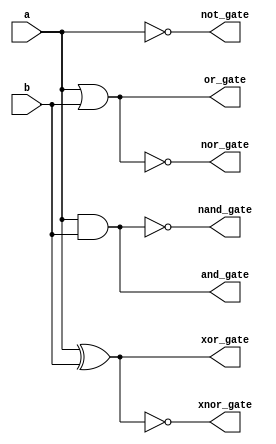
// Code your design here

module all_logic_gates_bm(
    input wire a,
    input wire b,
    output reg not_gate,
    output reg and_gate,
    output reg or_gate,
    output reg nand_gate,
    output reg nor_gate,
    output reg xor_gate,
    output reg xnor_gate
);

  always@(*)
   
    begin
      not_gate = ~a;
      and_gate = a & b;
      or_gate  = a | b;
      nand_gate = ~(a & b);
      nor_gate = ~ (a | b);
      xor_gate = a ^ b;
      xnor_gate = (~(a ^ b));
      
    end
endmodule